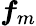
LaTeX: \boldsymbol{f}_{m}